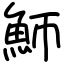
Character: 魳